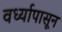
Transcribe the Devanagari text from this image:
वर्ध्यापासून